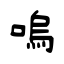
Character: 嗚